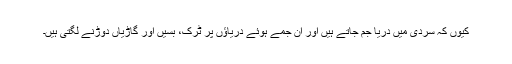
کیوں کہ سردی میں دریا جم جاتے ہیں اور ان جمے ہوئے دریاؤں پر ٹرک، بسیں اور گاڑیاں دوڑنے لگتی ہیں۔